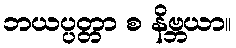
ဘယပ္ပတ္တာ စ နိဗ္ဘယာ။